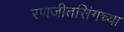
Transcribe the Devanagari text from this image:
रणजीतसिंगच्या